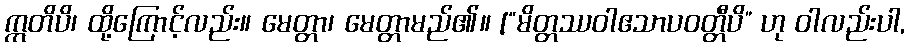
ဣတိပိ၊ ထို့ကြောင့်လည်း။ မေတ္တာ၊ မေတ္တာမည်၏။ [“မိတ္တဿဝါဧသာပဝတ္တီပိ” ဟု ဝါလည်းပါ,